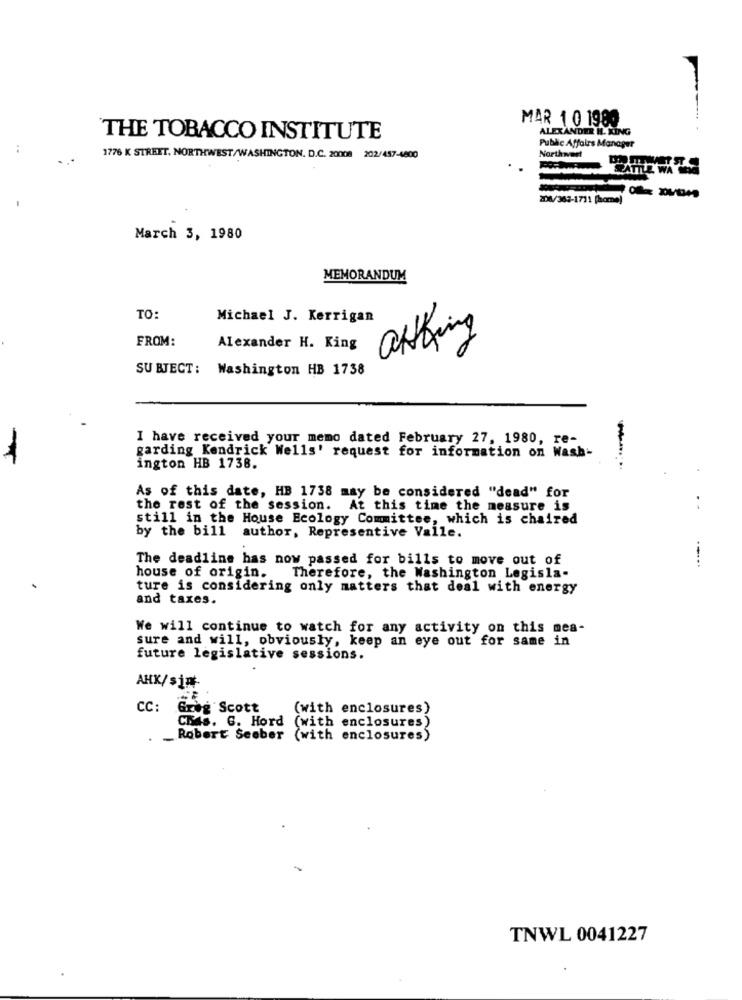
MAR 1 0 1989
ALEXANDER IL KING
THE TOBACCO INSTITUTE
Public Affairs Manager
Northwest
1776 K STREET. NORTHWEST/WASHINGTON. D.C. 20008 202/457-4800
206/362-1711 [hemma)
March 3, 1980
MEMORANDUM
TO:
Michael J. Kerrigan
FROM:
Alexander H. King
0
SUBJECT: Washington HB 1738
I have received your memo dated February 27, 1980, re-
garding Kendrick Wells' request for information on Wash-
-
ington HB 1738.
As of this date, HB 1738 may be considered "dead" for
the rest of the session. At this time the measure is
..
still in the House Ecology Committee, which is chaired
by the bill author, Representive Valle.
The deadline has now passed for bills to move out of
-----
house of origin.
Therefore, the Washington Legisla.
ture is considering only matters that deal with energy
and taxes.
We will continue to watch for any activity on this mes-
sure and will, obviously, keep an eye out for same in
future legislative sessions.
AHK/sim-
CC: Greg Scott
(with enclosures)
CMAS. G. Hord
(with enclosures)
_Robert Seeber (with enclosures)
TNWL 0041227